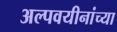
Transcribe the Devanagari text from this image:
अल्पवयीनांच्या